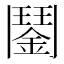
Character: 𩰔